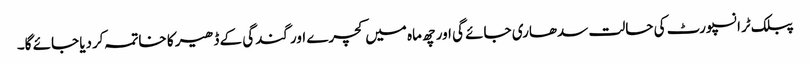
پبلک ٹرانسپورٹ کی حالت سدھاری جائے گی اور چھ ماہ میں کچرے اور گندگی کے ڈھیر کا خاتمہ کردیا جائے گا۔